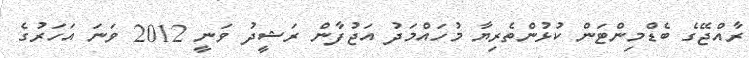
ރާއްޖޭގެ ބެޑްމިންޓަން ކުޅުންތެރިޔާ މުހައްމަދު އަޖުފާން ރަޝީދު ވަނީ 2012 ވަނަ އަހަރުގެ